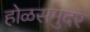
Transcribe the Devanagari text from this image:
होळसमुदर